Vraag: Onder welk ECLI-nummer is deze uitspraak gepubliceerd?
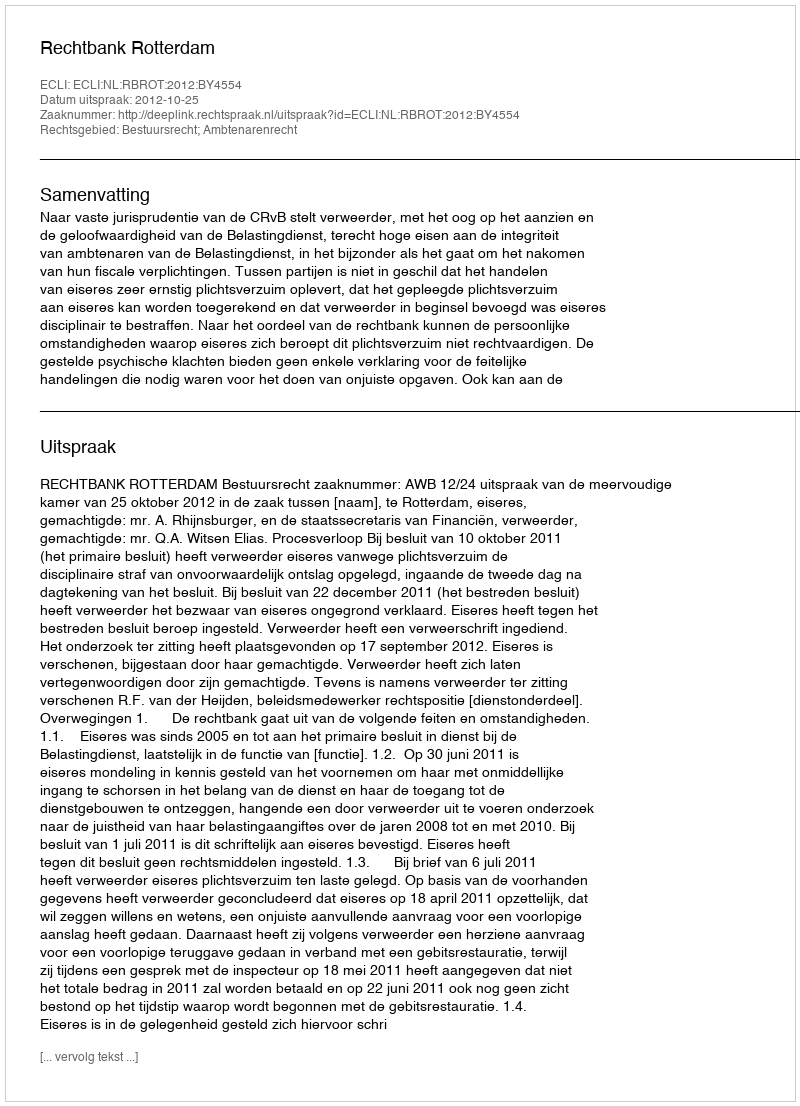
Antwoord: ECLI:NL:RBROT:2012:BY4554